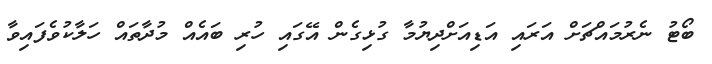
ބޯޓު ނެރުމައްޗަށް އަރައި އަޑިއަށްދިޔުމާ ގުޅިގެން އޭގައި ހުރި ބައެއް މުދާތައް ހަލާކުވެފައިވާ